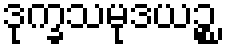
ဒုက္ခသမုဒယဉ္စ